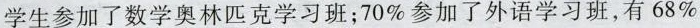
学生参加了数学奥林匹克学习班；70%参加了外语学习班，有68%